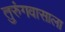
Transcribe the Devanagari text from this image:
तुरुंगवासाला